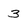
Character: 3